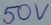
Text: 50V